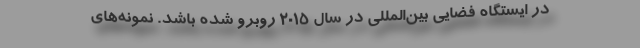
در ایستگاه فضایی بین‌المللی در سال ۲۰۱۵ روبرو شده باشد. نمونه‌های